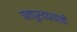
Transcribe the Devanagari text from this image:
पतपुरवठयांची